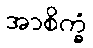
အာစိက္ခံ